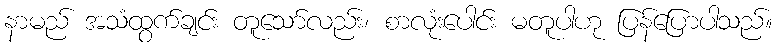
နာမည် အသံထွက်ချင်း တူသော်လည်း၊ စာလုံးပေါင်း မတူပါဟု ပြန်ပြောပါသည်။